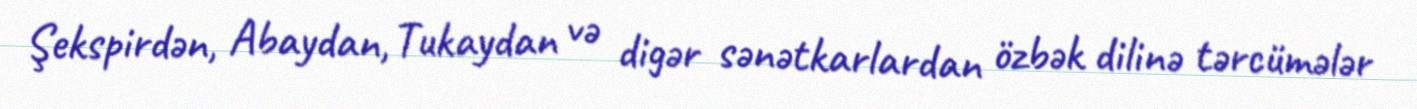
Şekspirdən, Abaydan, Tukaydan və digər sənətkarlardan özbək dilinə tərcümələr